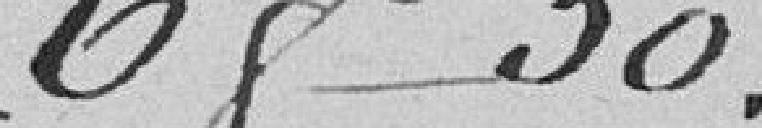
68 50